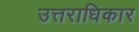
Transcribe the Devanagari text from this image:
उत्तराधिकार